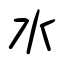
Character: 水